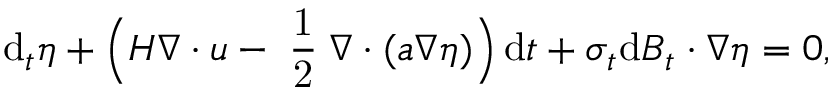
\mathrm { d } _ { t } \eta + \Big ( H \boldsymbol { \nabla } \boldsymbol { \cdot } \boldsymbol { u } - \mathrm { \scriptsize ~ \frac { 1 } { 2 } ~ } \boldsymbol { \nabla } \boldsymbol { \cdot } ( \boldsymbol { a } \boldsymbol { \nabla } \eta ) \Big ) \, \mathrm { d } t + \boldsymbol { \sigma } _ { t } \mathrm { d } \boldsymbol { B } _ { t } \boldsymbol { \cdot } \boldsymbol { \nabla } \eta = 0 ,